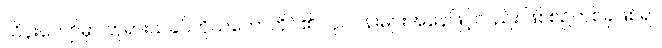
သိန်းကျော်မှာ ဘုရားသခင်ကိုယ်တော်တိုင်၏ လုပ်ငန်းများအနေဖြင့်လည်း ဖြစ်စဉ်တစ်ခုဖြစ်ရာ